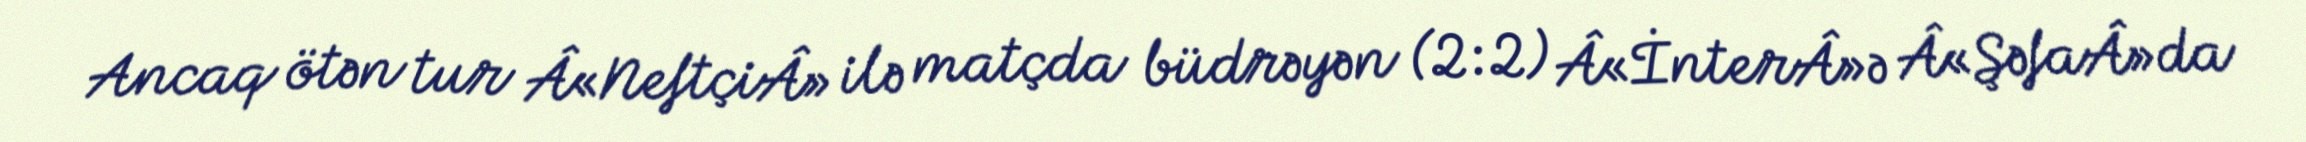
Ancaq ötən tur Â«NeftçiÂ» ilə matçda büdrəyən (2:2) Â«İnterÂ»ə Â«ŞəfaÂ»da